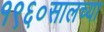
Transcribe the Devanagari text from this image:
१९६०सालच्या